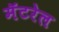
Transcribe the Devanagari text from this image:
मॅटरेल